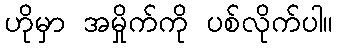
ဟိုမှာ အမှိုက်ကို ပစ်လိုက်ပါ။